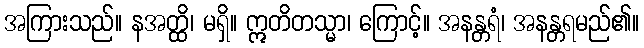
အကြားသည်။ နအတ္ထိ၊ မရှိ။ ဣတိတသ္မာ၊ ကြောင့်။ အနန္တရံ၊ အနန္တရမည်၏။